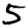
Digit: 5